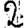
Digit: 2